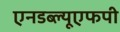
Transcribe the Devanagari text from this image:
एनडब्ल्यूएफपी